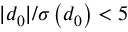
| d _ { 0 } | / \sigma \left( d _ { 0 } \right) < 5